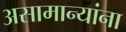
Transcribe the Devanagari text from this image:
असामान्यांना